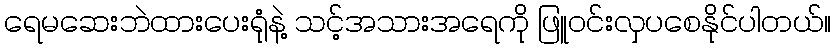
ရေမဆေးဘဲထားပေးရုံနဲ့ သင့်အသားအရေကို ဖြူဝင်းလှပစေနိုင်ပါတယ်။